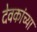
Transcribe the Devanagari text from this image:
देवकांच्या